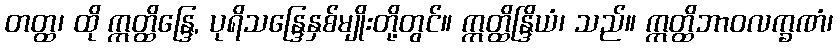
တတ္ထ၊ ထို ဣတ္ထိန္ဒြေ, ပုရိသန္ဒြေနှစ်မျိုးတို့တွင်။ ဣတ္ထိန္ဒြိယံ၊ သည်။ ဣတ္ထိဘာဝလက္ခဏံ၊